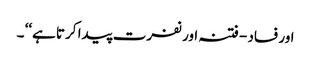
اور فساد - فتنہ اور نفرت پیدا کرتا ہے‘‘ ۔